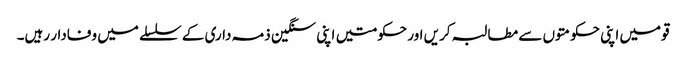
قومیں اپنی حکومتوں سے مطالبہ کریں اور حکومتیں اپنی سنگین ذمہ داری کے سلسلے میں وفادار رہیں۔